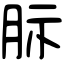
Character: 䏡